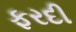
ફરદી